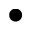
\bullet